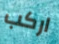
اركب